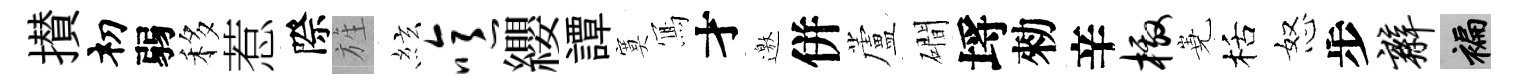
攅𥘉弱移惹際旌絃噫纓譚寞𭂁才邀併蘆磵埓勑辛檄嶤栝怒步辫褊